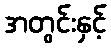
အတွင်းနှင့်